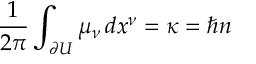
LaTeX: \frac 1 { 2 \pi } \int _ { \partial U } \mu _ { \nu } \, d x ^ { \nu } = \kappa = \hbar n